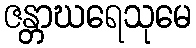
ဇန္တာဃရေသုမေ